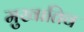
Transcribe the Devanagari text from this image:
मुखातिव